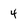
Character: 4